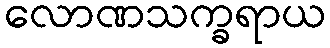
လောဏသက္ခရာယ